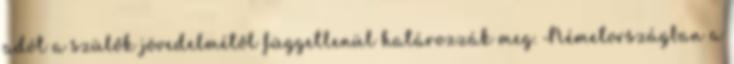
adót a szülők jövedelmétől függetlenül határozzák meg. Németországban a